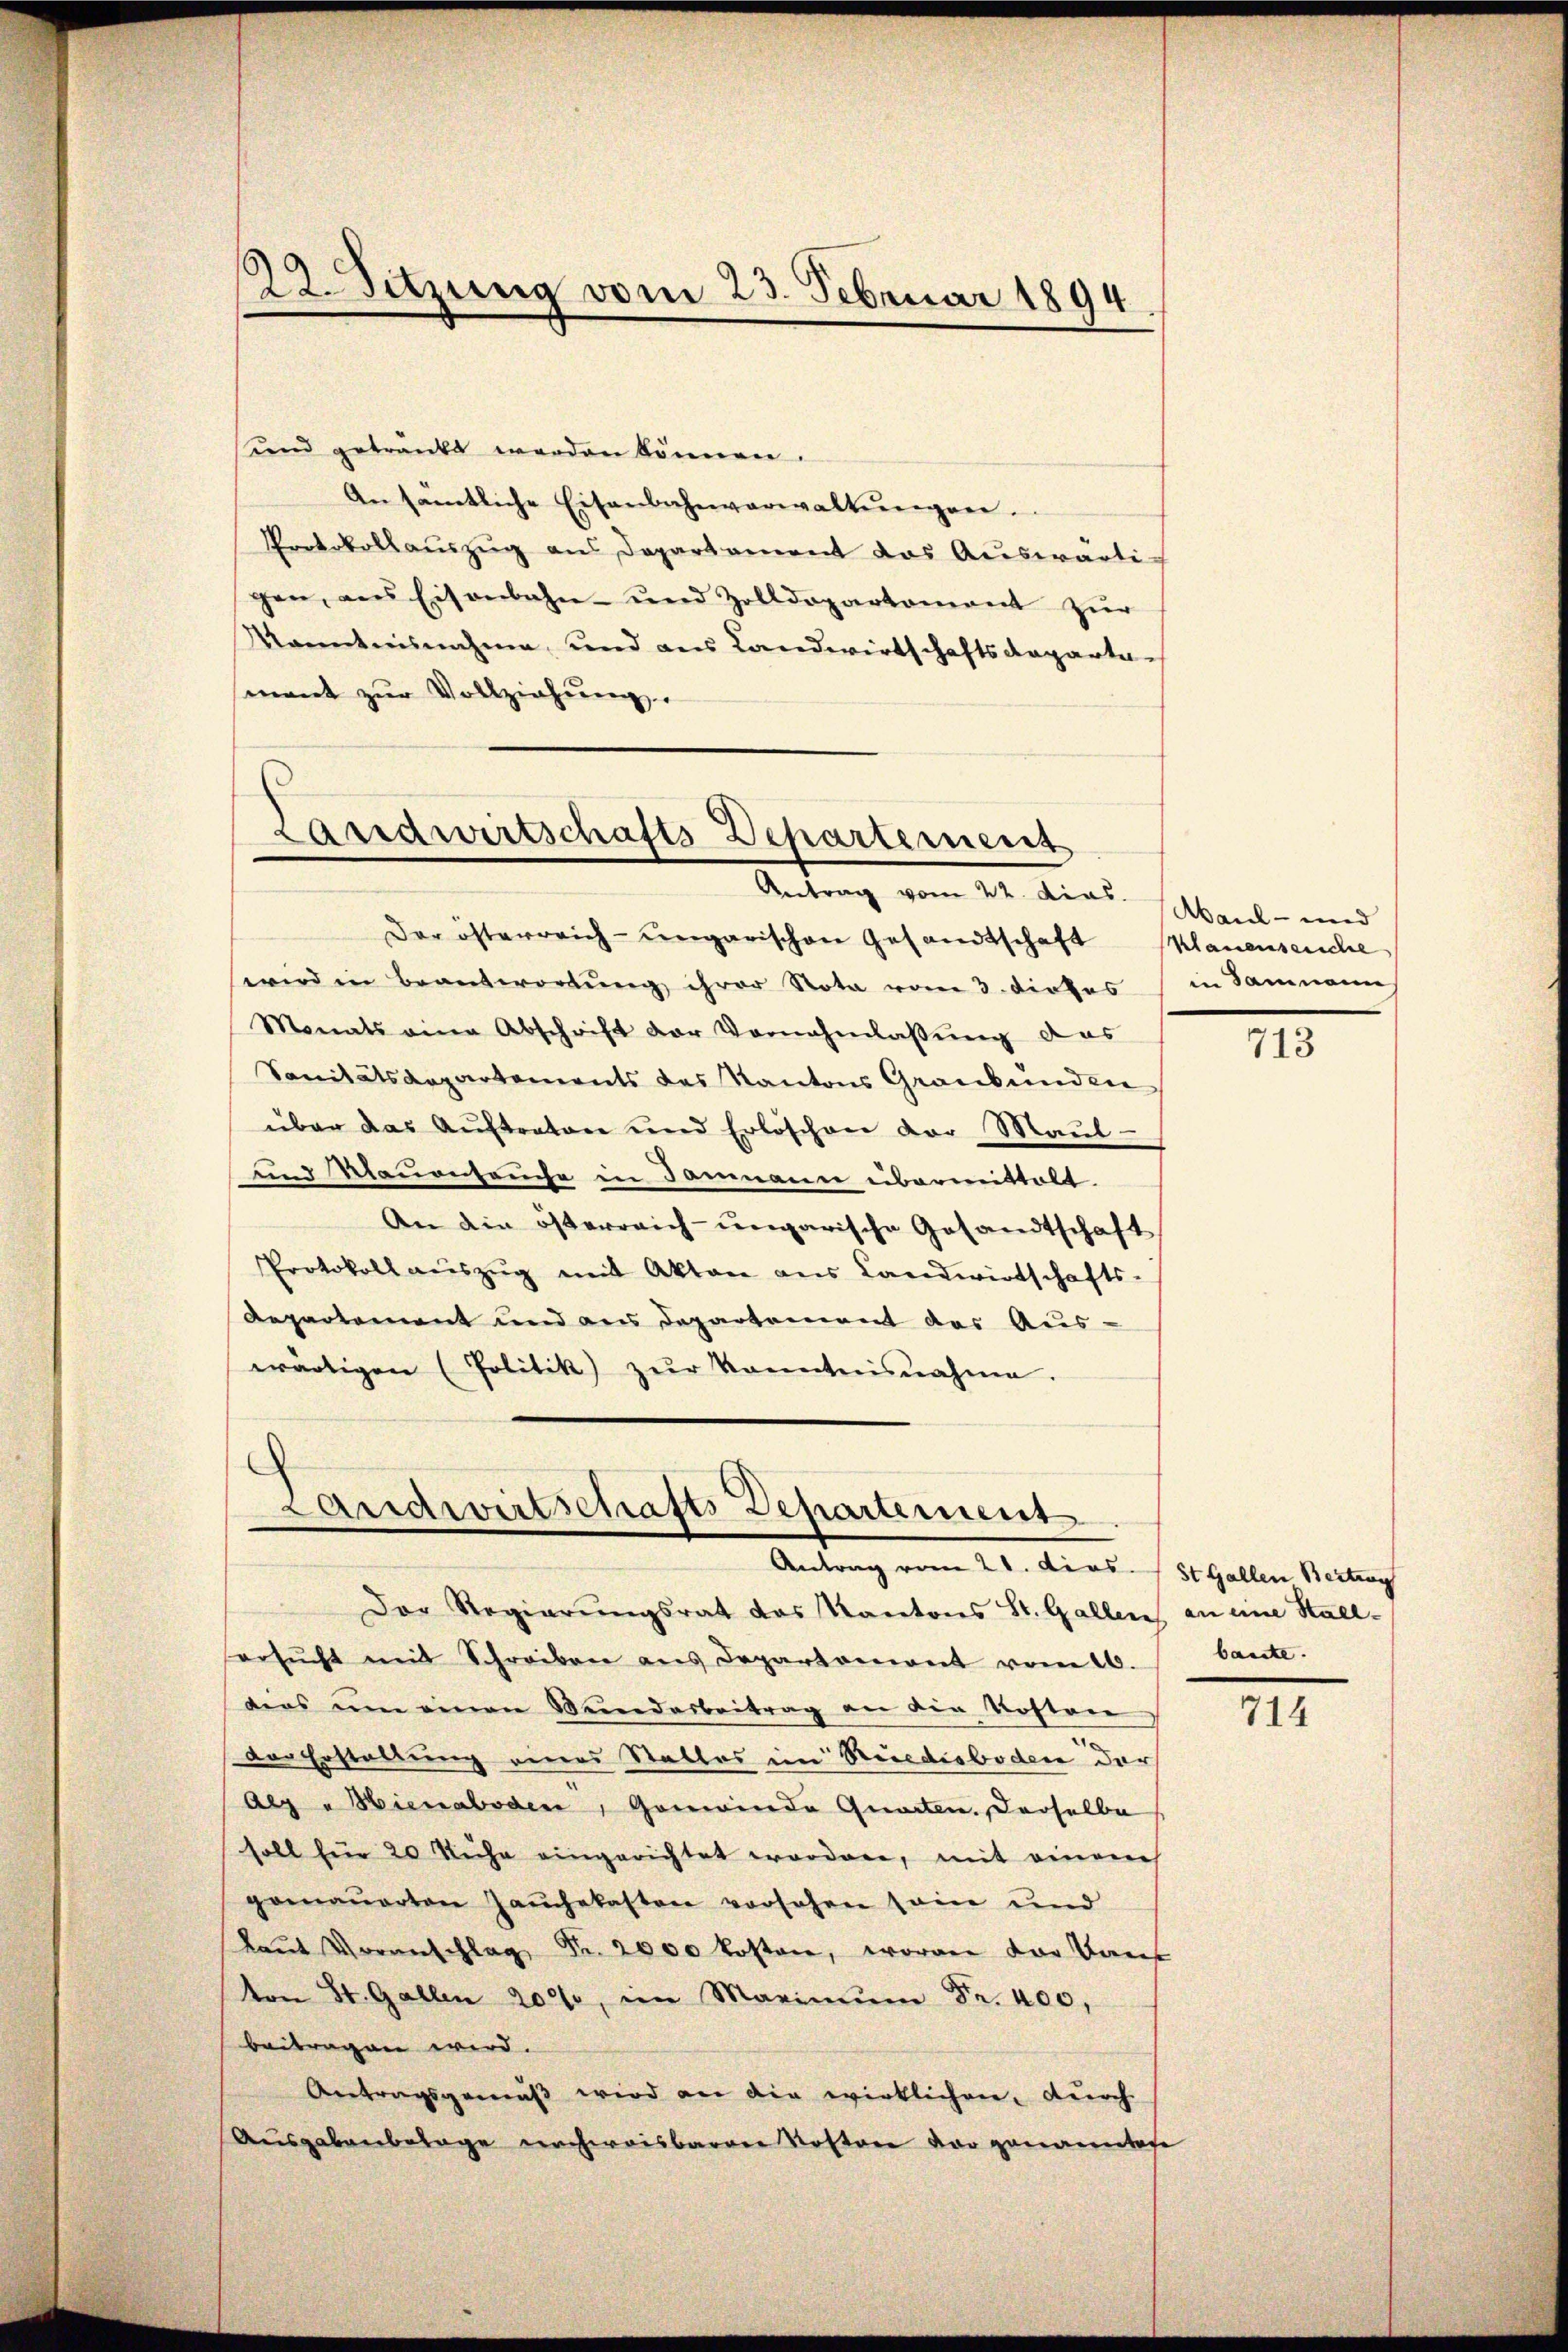
22. Sitzung vom 23. Februar 1894

und getränkt werden können.
An sämtliche Eisenbahnverwaltŭngen.
Protokollaŭszŭg ans Departament das Aŭswärtigen, aus Eisenbahn- und Zolldepartement zur
Kenntnisnahme und aus Landwirtschaftsdepartamant zŭr Vollziehŭng.

Landwirtschafts-Departement
Antrag vom 10. Frau Mart und

der österreich-ungarischen Gesandtschaft (Klauenseuche
wird in Beantwortŭng ihrer Rota vom 3. dieses
Monats eine Abschrift der Vornahmlassŭng das
Sanitätsaepartements des Kantons Graubünden
über das Auftraten und Erlöschen der Maul-
und Nauenseuche in Dammann übermittelt.
An die österreich-ungarische Gesandtschaft
Protokoll aŭszŭg mit Akten aus Landwirtschafts-
Repartement und aus Departement des Aus-
wärtigen (Politik) zŭr kanntnisnahme.

Landwirtschafts Departement
Antrag vom 21. Dies St. Gallen Beitrag

Der Regierungsrat das Kantons St. Gallen an eine Stall-
ersŭcht mit Schreiben ans Departement vom 10.
dias um einen Wundarbeitrag an die Kosten
dor Erstaltung eines Stalles im Rüedisboden der
Alg u. Hienaboden, Gemeinde Quarten. Derselbe
soll für 20 Kühe eingerichtet worden, mit einem
gemauerten Jaŭchekasten vorsehen sein und
Laŭt Voranschlag Fr. 2000 kosten, woran der Kant
von St. Gallen 200, im Marinum Fr. 400,
beitragen wird.
Antragsgemäß wird an die wirklichen, durch
Ausgabenbelage nachweisbarere Kostere der genanntage

in Sammann

713

baute.

714